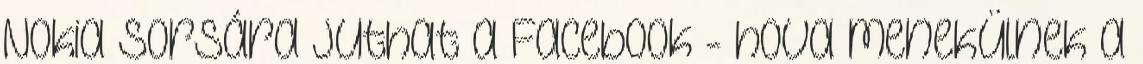
Nokia sorsára juthat a Facebook - hova menekülnek a